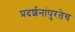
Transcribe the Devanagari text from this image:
प्रदर्शनांपुरतेच